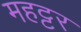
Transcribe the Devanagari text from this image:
महट्टर